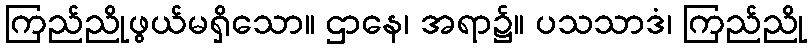
ကြည်ညိုဖွယ်မရှိသော။ ဌာနေ၊ အရာ၌။ ပသသာဒံ၊ ကြည်ညို